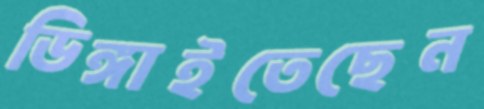
ডিঙ্গাইতেছেন